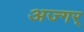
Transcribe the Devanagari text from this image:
अज्गर्